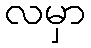
လမှာ